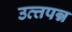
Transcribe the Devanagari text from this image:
उत्त्तपन्न